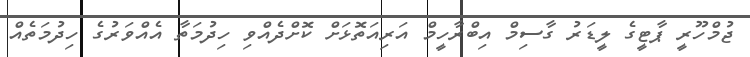
ޖުމްހޫރީ ޕާޓީގެ ލީޑަރު ގާސިމް އިބްރާހީމް އަރިއަތޮޅަށް ކޮށްދެއްވި ހިދުމަތާ އެއްވަރުގެ ހިދުމަތެއް